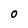
Character: O